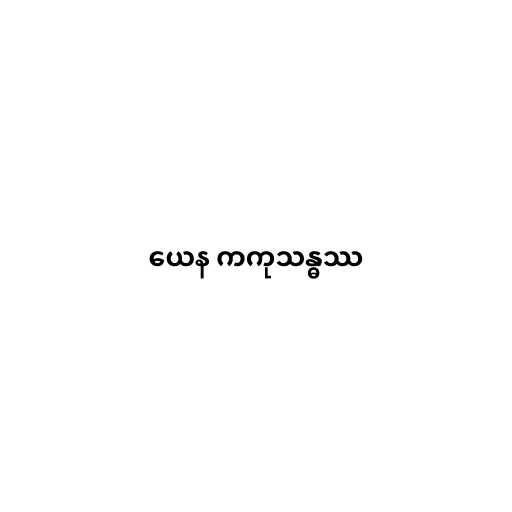
ယေန ကကုသန္ဓဿ